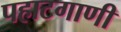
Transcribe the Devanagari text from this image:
पहाटगाणी